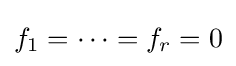
f_{1}=\cdots =f_{r}=0